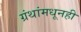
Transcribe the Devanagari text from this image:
ग्रंथांमधूनही